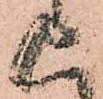
上